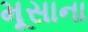
મૂસાના